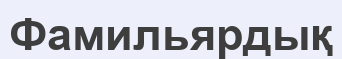
Фамильярдық